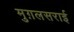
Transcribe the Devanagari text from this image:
मुग़लसराई